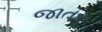
જાતર